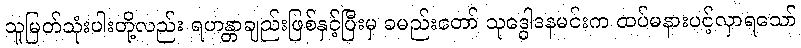
သူမြတ်သုံးပါးတို့လည်း ရဟန္တာချည်းဖြစ်နှင့်ပြီးမှ ခမည်းတော် သုဒ္ဓေါဒနမင်းက ထပ်မနားပင့်လှာရသော်